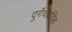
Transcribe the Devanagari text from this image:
दुर्गेचेप्रतिक